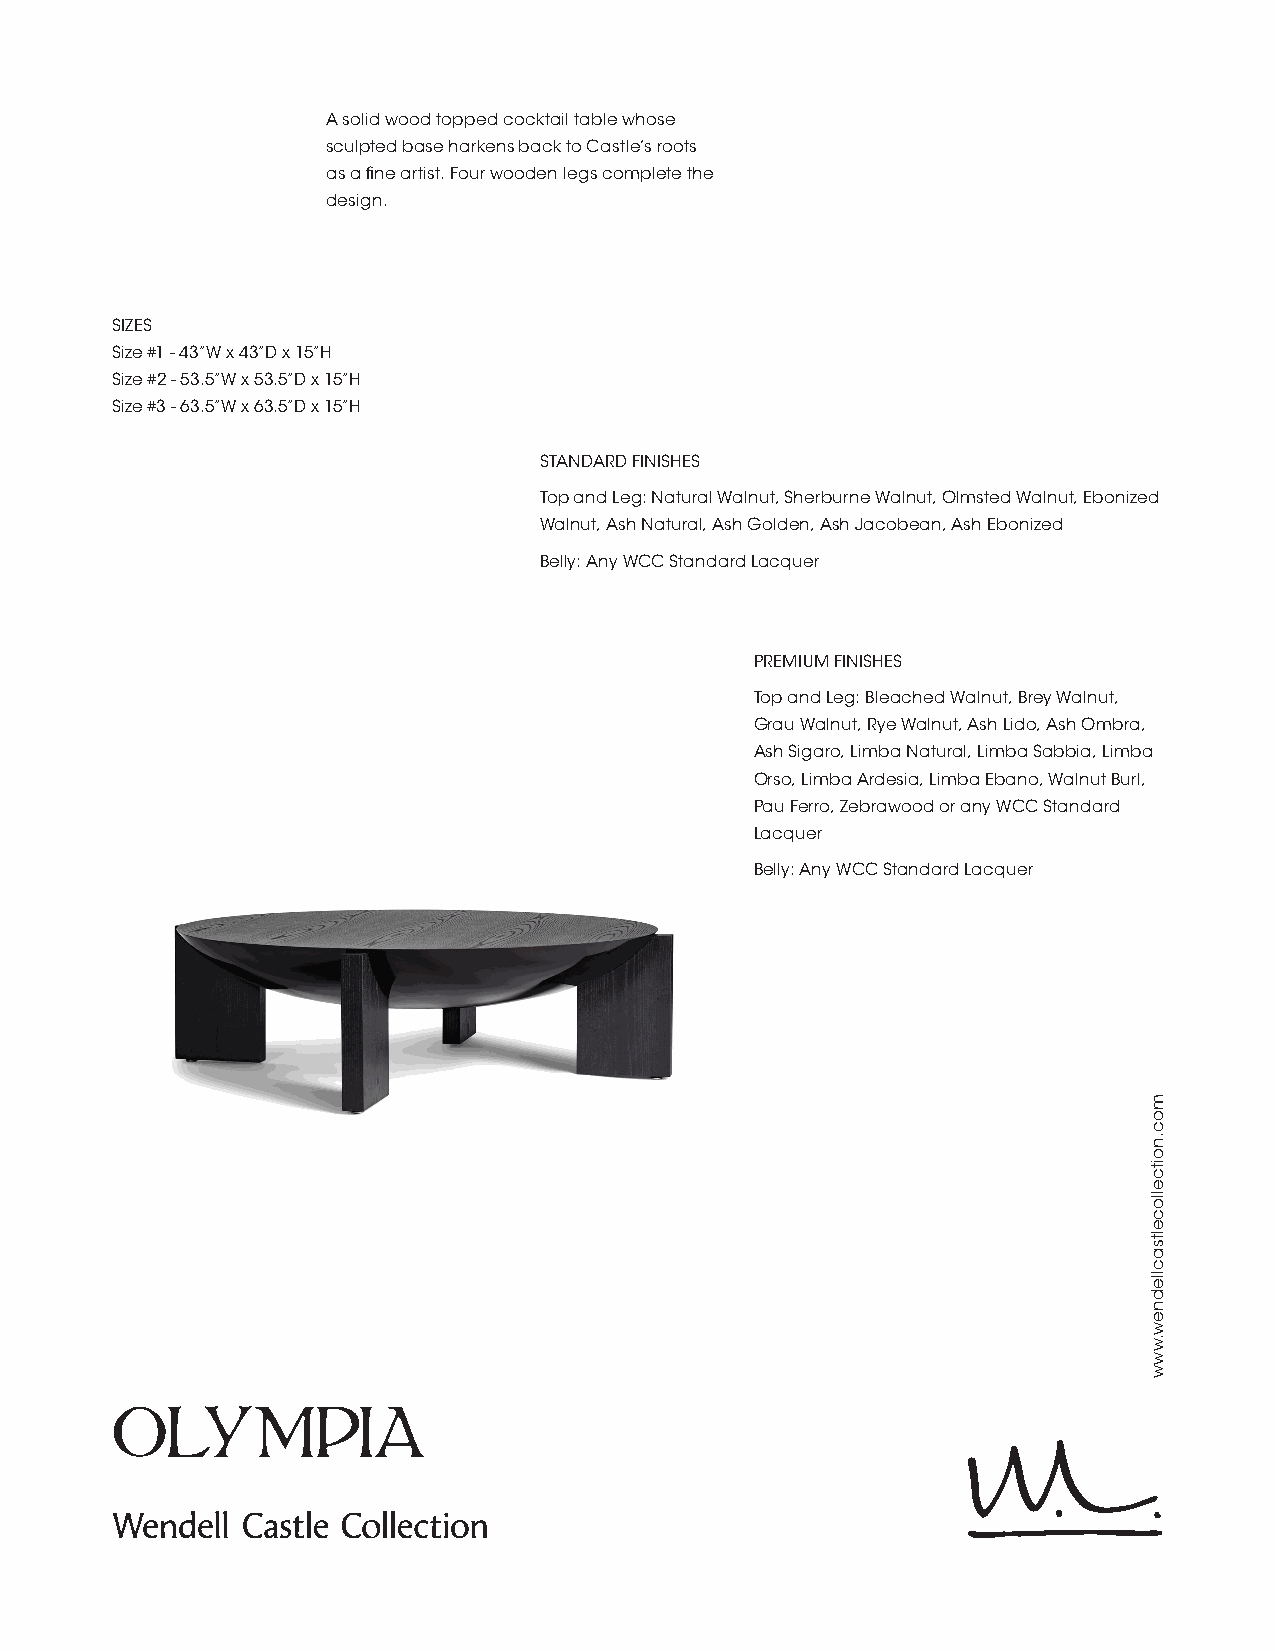
A solid wood topped cocktail table whose
 sculpted base harkens back to Castle’s roots
 as a fine artist. Four wooden legs complete the
 design.
 SIZES
 Size #1 - 43”W x 43”D x 15”H
 Size #2 - 53.5”W x 53.5”D x 15”H
 Size #3 - 63.5”W x 63.5”D x 15”H
 STANDARD FINISHES
 Top and Leg: Natural Walnut, Sherburne Walnut, Olmsted Walnut, Ebonized
 Walnut, Ash Natural, Ash Golden, Ash Jacobean, Ash Ebonized
 Belly: Any WCC Standard Lacquer
 PREMIUM FINISHES
 Top and Leg: Bleached Walnut, Brey Walnut,
 Grau Walnut, Rye Walnut, Ash Lido, Ash Ombra,
 Ash Sigaro, Limba Natural, Limba Sabbia, Limba
 Orso, Limba Ardesia, Limba Ebano, Walnut Burl,
 Pau Ferro, Zebrawood or any WCC Standard
 Lacquer
 Belly: Any WCC Standard Lacquer
 OLYMPIA
 moc.noitcelloceltsacllednew.www